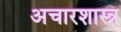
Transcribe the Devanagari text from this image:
अचारशास्त्र